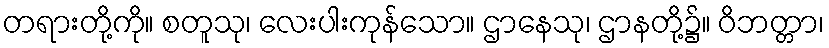
တရားတို့ကို။ စတူသု၊ လေးပါးကုန်သော။ ဌာနေသု၊ ဌာနတို့၌။ ဝိဘတ္တာ၊